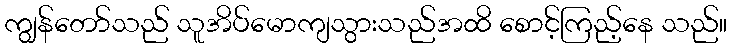
ကျွန်တော်သည် သူအိပ်မောကျသွားသည်အထိ စောင့်ကြည့်နေ သည်။